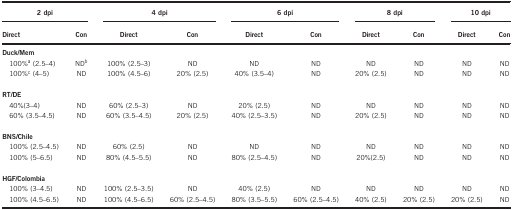
<table><thead><tr><td colspan="2"><b>2 dpi</b></td><td colspan="2"><b>4 dpi</b></td><td colspan="2"><b>6 dpi</b></td><td colspan="2"><b>8 dpi</b></td><td colspan="2"><b>10 dpi</b></td></tr><tr><td><b>Direct</b></td><td><b>Con</b></td><td><b>Direct</b></td><td><b>Con</b></td><td><b>Direct</b></td><td><b>Con</b></td><td><b>Direct</b></td><td><b>Con</b></td><td><b>Direct</b></td><td><b>Con</b></td></tr></thead><tbody><tr><td colspan="10"><b>Duck/Mem</b></td></tr><tr><td> 100%a (2.5–4)</td><td>NDb</td><td>100% (2.5–3)</td><td>ND</td><td>ND</td><td>ND</td><td>ND</td><td>ND</td><td>ND</td><td>ND</td></tr><tr><td> 100%c (4–5)</td><td>ND</td><td>100% (4.5–6)</td><td>20% (2.5)</td><td>40% (3.5–4)</td><td>ND</td><td>20% (2.5)</td><td>ND</td><td>ND</td><td>ND</td></tr><tr><td> </td><td> </td><td> </td><td> </td><td> </td><td> </td><td> </td><td> </td><td> </td><td> </td></tr><tr><td colspan="10"><b>RT/DE</b></td></tr><tr><td> 40%(3–4)</td><td>ND</td><td>60% (2.5–3)</td><td>ND</td><td>20% (2.5)</td><td>ND</td><td>ND</td><td>ND</td><td>ND</td><td>ND</td></tr><tr><td> 60% (3.5–4.5)</td><td>ND</td><td>60% (3.5–4.5)</td><td>20% (2.5)</td><td>40% (2.5–3.5)</td><td>ND</td><td>20% (2.5)</td><td>ND</td><td>ND</td><td>ND</td></tr><tr><td> </td><td> </td><td> </td><td> </td><td> </td><td> </td><td> </td><td> </td><td> </td><td> </td></tr><tr><td colspan="10"><b>BNS/Chile</b></td></tr><tr><td> 100% (2.5–4.5)</td><td>ND</td><td>60% (2.5)</td><td>ND</td><td>ND</td><td>ND</td><td>ND</td><td>ND</td><td>ND</td><td>ND</td></tr><tr><td> 100% (5–6.5)</td><td>ND</td><td>80% (4.5–5.5)</td><td>ND</td><td>80% (2.5–4.5)</td><td>ND</td><td>20%(2.5)</td><td>ND</td><td>ND</td><td>ND</td></tr><tr><td> </td><td> </td><td> </td><td> </td><td> </td><td> </td><td> </td><td> </td><td> </td><td> </td></tr><tr><td colspan="10"><b>HGF/Colombia</b></td></tr><tr><td> 100% (3–4.5)</td><td>ND</td><td>100% (2.5–3.5)</td><td>ND</td><td>40% (2.5)</td><td>ND</td><td>ND</td><td>ND</td><td>ND</td><td>ND</td></tr><tr><td> 100% (4.5–6.5)</td><td>ND</td><td>100% (4.5–6.5)</td><td>60% (2.5–4.5)</td><td>80% (3.5–5.5)</td><td>60% (2.5–4.5)</td><td>40% (2.5)</td><td>20% (2.5)</td><td>20% (2.5)</td><td>ND</td></tr></tbody></table>